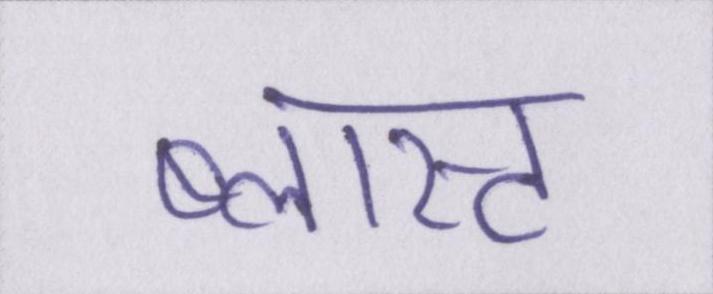
ब्लास्ट